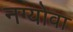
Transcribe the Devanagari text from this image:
नग्योवा